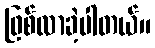
ဖြစ်လာခဲ့ပါတယ်။